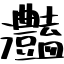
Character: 灎